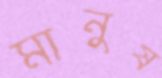
মানুষ